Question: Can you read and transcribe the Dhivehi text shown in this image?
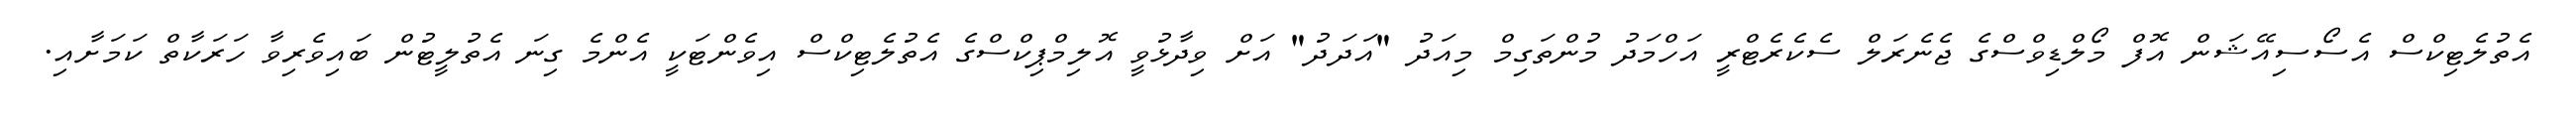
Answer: އެތުލެޓިކްސް އެސޯސިއޭޝަން އޮފް މޯލްޑިވްސްގެ ޖެނެރަލް ސެކެރެޓްރީ އަހްމަދު މުންތަގިމް މިއަދު "އަދަދު" އަށް ވިދާޅުވީ އޮލިމްޕިކްސްގެ އެތުލެޓިކްސް އިވެންޓަކީ އެންމެ ގިނަ އެތުލީޓުން ބައިވެރިވާ ހަރަކާތް ކަމަށާއި.